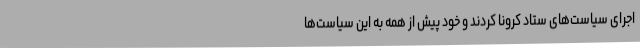
اجرای سیاست‌های ستاد کرونا کردند و خود پیش از همه به این سیاست‌ها